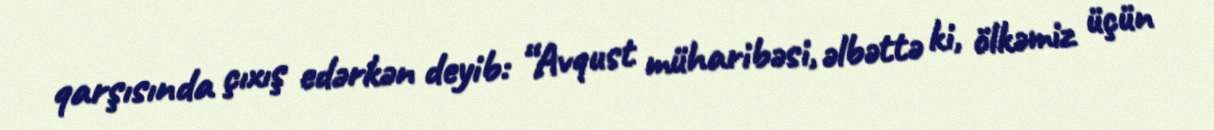
qarşısında çıxış edərkən deyib: “Avqust müharibəsi, əlbəttə ki, ölkəmiz üçün